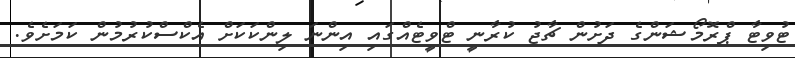
ޓުވިޓާ ޕްރޮމޯޝަންގެ ދަށުން ޗާޖު ކުރާނީ ޓްވީޓެއްގައި އިންނަ ލިންކަކަށް އެކްސްކުރުމުން ކަމަށެވެ.